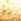
ربما